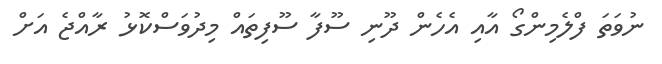
ނުވަތަ ފްލެމިންގޯ އާއި އެހެން ދޫނި ސޫފާ ސޫފިތައް މިދުވަސްކޮޅު ރާއްޖެ އަށް